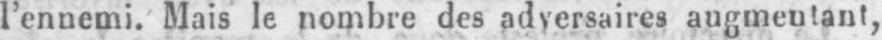
l’ennemi. Mais le nombre des adversaires augmentant,